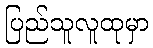
ပြည်သူလူထုမှာ